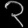
Digit: ၃